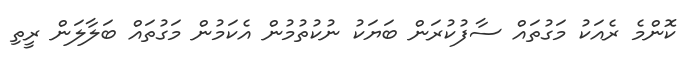
ކޮންމެ ރެއަކު މަގުތައް ސާފުކުރަން ބަޔަކު ނުކުތުމުން އެކަމުން މަގުތައް ބަލާލަން ރީތި